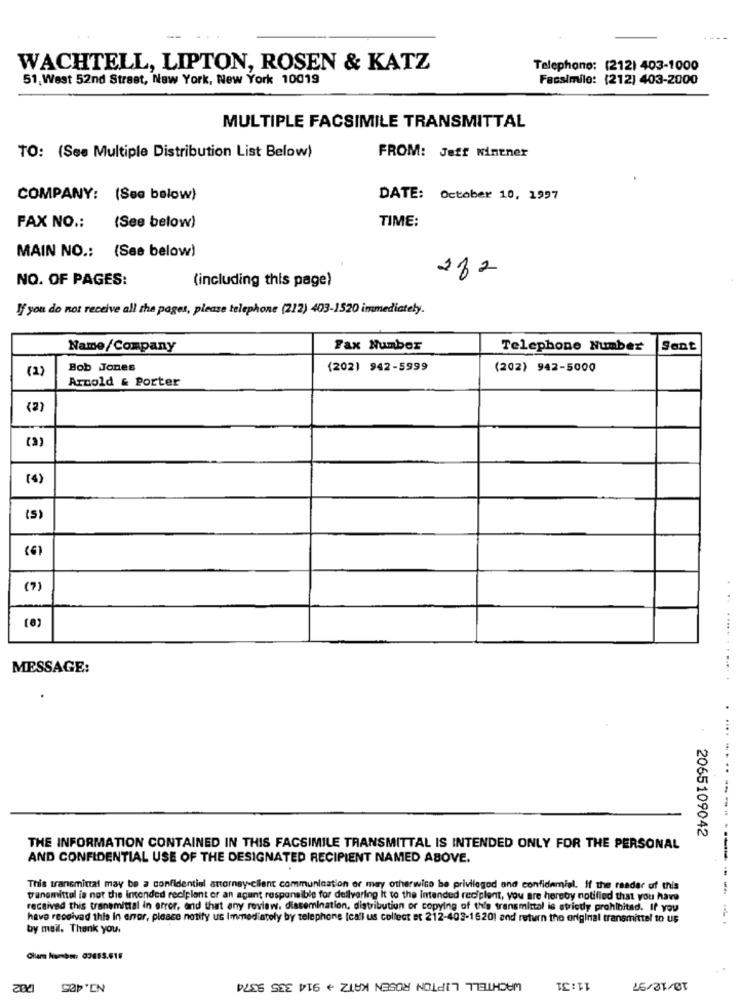
WACHTELL, LIPTON, ROSEN & KATZ
Telephone: (212) 403-1000
51. West 52nd Street, New York, New York 10019
Facsimile: (212) 403-2000
MULTIPLE FACSIMILE TRANSMITTAL
TO: (See Multiple Distribution List Below)
FROM: Jeff winener
COMPANY:
(See below)
DATE: October 10, 1997
TIME:
FAX NO .:
(See below)
MAIN NO .: (See below)
282
NO. OF PAGES:
(including this page)
If you do not receive all the pages, please telephone (222) 403-1520 immediately.
Name/Company
Fax Number
Telephone Number
Sent
(2)
Bob Jones
(202) 942-5999
(202) 942-5000
Arnold & Porter
(2)
(a)
(4)
(5)
(7)
..
(0)
..... . .
MESSAGE:
2065109042
THE INFORMATION CONTAINED IN THIS FACSIMILE TRANSMITTAL IS INTENDED ONLY FOR THE PERSONAL
AND CONFIDENTIAL USE OF THE DESIGNATED RECIPIENT NAMED ABOVE.
-----------.
This transmittal may be a confidentiel attorney-client communication or may otherwise be privilegod and confidamial. If the reader of this
transmittal is not the Intended reciplant or an agent responsible for dellvaring it to the intended recipient, you are hereby notified that you have
received this transmittal in error, and that any review, dissemination, distribution or copying of this transmittal is strictly prohibited. If you
have received this in error, please notify us Immediately by telephone [call us collect et 212-403-1620) and return the original transmittel to us
by mail. Thank you.
WACHTELL LIPTON ROSEN KATZ + 914 335 9374
11:31
SAP'EN